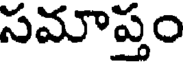
సమాప్తం